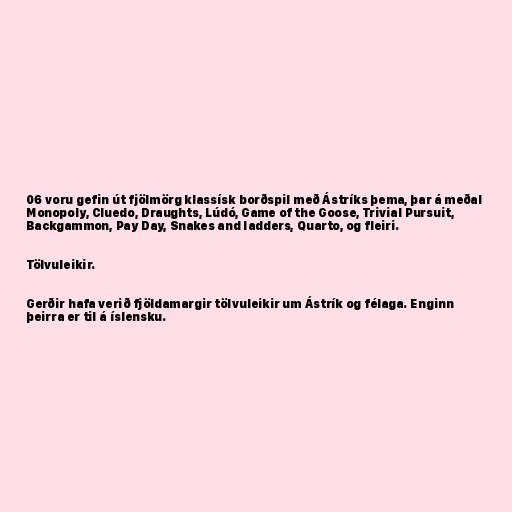
06 voru gefin út fjölmörg klassísk borðspil með Ástríks þema, þar á meðal
Monopoly, Cluedo, Draughts, Lúdó, Game of the Goose, Trivial Pursuit,
Backgammon, Pay Day, Snakes and ladders, Quarto, og fleiri.

Tölvuleikir.

Gerðir hafa verið fjöldamargir tölvuleikir um Ástrík og félaga. Enginn
þeirra er til á íslensku.